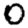
Digit: 0